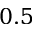
0 . 5